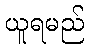
ယူရမည်